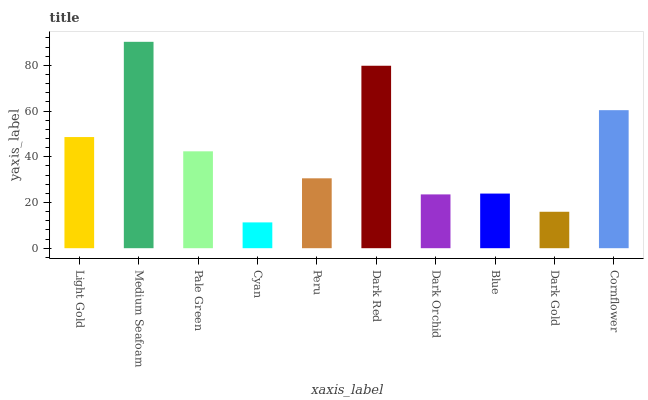
| xaxis_label | bars |
 | --- | --- |
 | Light Gold | 48.6 |
 | Medium Seafoam | 90.3 |
 | Pale Green | 42.4 |
 | Cyan | 11.3 |
 | Peru | 30.6 |
 | Dark Red | 79.8 |
 | Dark Orchid | 23.5 |
 | Blue | 23.9 |
 | Dark Gold | 15.9 |
 | Cornflower | 60.4 |